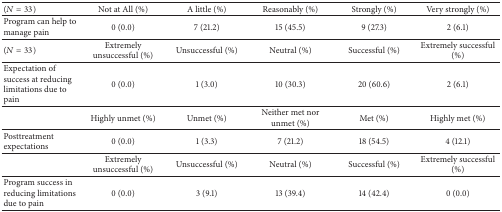
<table><thead><tr><td><b>(<i>N</i> = 33)</b></td><td><b>Not at All (%)</b></td><td><b>A little (%)</b></td><td><b>Reasonably (%)</b></td><td><b>Strongly (%)</b></td><td><b>Very strongly (%)</b></td></tr></thead><tbody><tr><td>Program can help to manage pain</td><td>0 (0.0)</td><td>7 (21.2)</td><td>15 (45.5)</td><td>9 (27.3)</td><td>2 (6.1)</td></tr><tr><td>(<i>N</i> = 33)</td><td>Extremely unsuccessful (%)</td><td>Unsuccessful (%)</td><td>Neutral (%)</td><td>Successful (%)</td><td>Extremely successful (%)</td></tr><tr><td>Expectation of success at reducing limitations due to pain</td><td>0 (0.0)</td><td>1 (3.0)</td><td>10 (30.3)</td><td>20 (60.6)</td><td>2 (6.1)</td></tr><tr><td> </td><td>Highly unmet (%)</td><td>Unmet (%)</td><td>Neither met nor unmet (%)</td><td>Met (%)</td><td>Highly met (%)</td></tr><tr><td>Posttreatment expectations</td><td>0 (0.0)</td><td>1 (3.3)</td><td>7 (21.2)</td><td>18 (54.5)</td><td>4 (12.1)</td></tr><tr><td> </td><td>Extremely unsuccessful (%)</td><td>Unsuccessful (%)</td><td>Neutral (%)</td><td>Successful (%)</td><td>Extremely successful (%)</td></tr><tr><td>Program success in reducing limitations due to pain</td><td>0 (0.0)</td><td>3 (9.1)</td><td>13 (39.4)</td><td>14 (42.4)</td><td>0 (0.0)</td></tr></tbody></table>